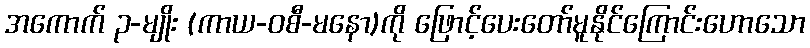
အကောက် ၃-မျိုး (ကာယ-ဝစီ-မနော)ကို ဖြောင့်ပေးတော်မူနိုင်ကြောင်းဟောသော